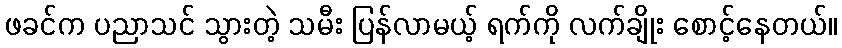
ဖခင်က ပညာသင် သွားတဲ့ သမီး ပြန်လာမယ့် ရက်ကို လက်ချိုး စောင့်နေတယ်။